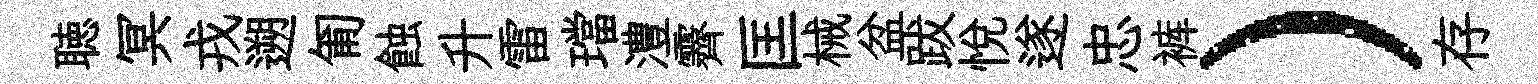
聴冥戎遡匍蝕升雷璫澧霽匡械盆跋悦遂忠裤）存